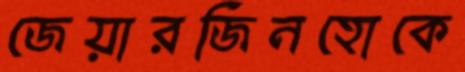
জেয়ারজিনহোকে